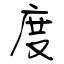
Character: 度